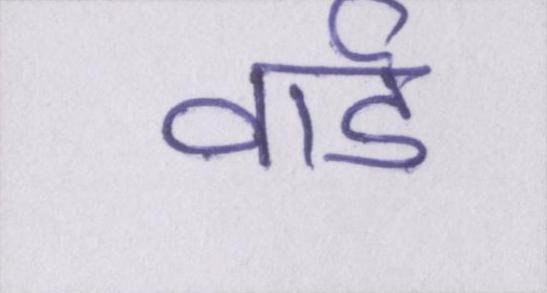
वार्ड